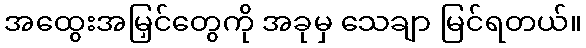
အထွေးအမြှင်တွေကို အခုမှ သေချာ မြင်ရတယ်။